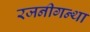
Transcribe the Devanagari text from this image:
रजनीगन्था